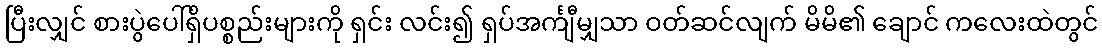
ပြီးလျှင် စားပွဲပေါ်ရှိပစ္စည်းများကို ရှင်း လင်း၍ ရှပ်အင်္ကျီမျှသာ ဝတ်ဆင်လျက် မိမိ၏ ချောင် ကလေးထဲတွင်